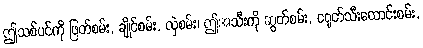
ဤသစ်ပင်ကို ဖြတ်စမ်း, ချိုင်စမ်း, လှဲစမ်း၊ ဤအသီးကို ဆွတ်စမ်း, ငရုတ်သီးထောင်းစမ်း,